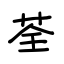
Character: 荃